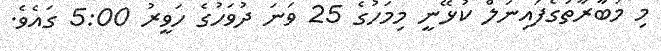
މި މުބާރާތުގެފައިނަލް ކުޅޭނީ މިމަހުގެ 25 ވަނަ ދުވަހުގެ ހަވީރު 5:00 ގައެވެ.